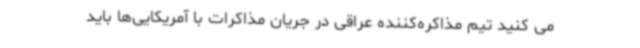
می کنید تیم مذاکره‌کننده عراقی در جریان مذاکرات با آمریکایی‌ها باید